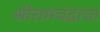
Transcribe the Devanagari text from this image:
श्रीरामचंद्राचा